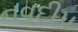
નવદીપ